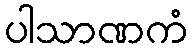
ပါသာဏကံ